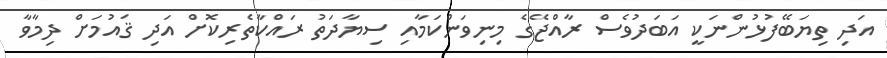
އަދި ތިޔަބޭފުޅުންނަކީ އަބަދުވެސް ރާއްޖޭގެ މިނިވަންކަމާއި ސިޔާދަތު ރައްކާތެރިކޮށް އަދި ޤައުމަށް ދިމާވާ